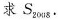
求 S_{2008}